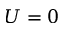
U = 0